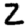
Digit: 2